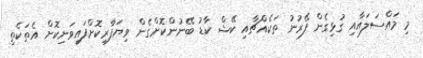
މި މައްސަލައާއި ގުޅިގެން ފޭރުނު ތަކެއްޗާއި ކޭޝް ކާޑު ބޭނުންކޮށްގެން ވިޔަފާރިކޮށްފައިވަނިކޮށް އެތަކެތި